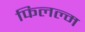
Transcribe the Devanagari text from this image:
फिलल्म